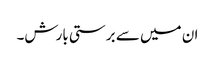
ان میں سے برستی بارش۔